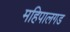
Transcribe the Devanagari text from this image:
महिपालगड